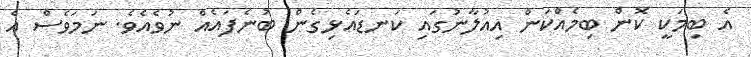
އެ ބިމަކީ ކޮން ބިމެއްކަން އިއުލާނުގައި ކަނޑައެޅިގެން ބުނެފައެއް ނުވެއެވެ. ނަމަވެސް އެ